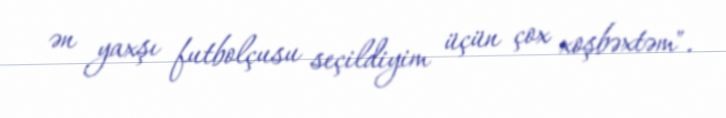
ən yaxşı futbolçusu seçildiyim üçün çox xoşbəxtəm".